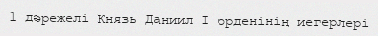
1 дәрежелі Князь Даниил I орденінің иегерлері